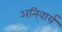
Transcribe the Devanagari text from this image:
अनि्वार्य